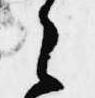
之